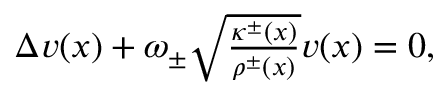
\begin{array} { r } { \Delta v ( x ) + \omega _ { \pm } \sqrt { \frac { \kappa ^ { \pm } ( x ) } { \rho ^ { \pm } ( x ) } } v ( x ) = 0 , } \end{array}